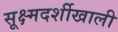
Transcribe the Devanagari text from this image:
सूक्ष्मदर्शीखाली